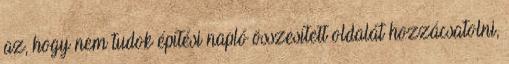
az, hogy nem tudok építési napló összesített oldalát hozzácsatolni,